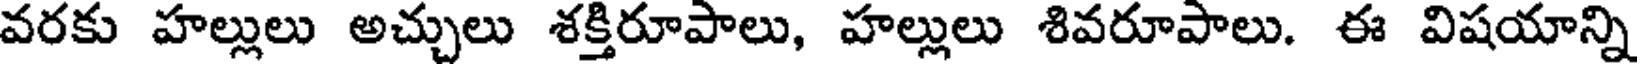
వరకు హల్లులు అచ్చులు శక్తిరూపాలు, హల్లులు శివరూపాలు. ఈ విషయాన్ని